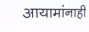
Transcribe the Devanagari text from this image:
आयामांनाही